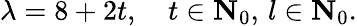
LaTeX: \lambda=8+2t,\quad t\in{\mathbf{N}}_{0},\, l\in{\mathbf{N}}_{0}.